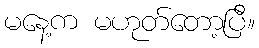
မနေ့က မဟုတ်တော့ပြီ။